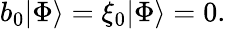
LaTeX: b_{0}|\Phi\rangle=\xi_{0}|\Phi\rangle=0.